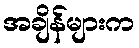
အချိန်များက